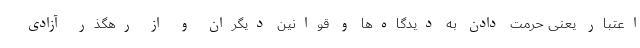
اعتبار یعنی حرمت دادن به دیدگاه‌ها و قوانین دیگران و از رهگذر آزادی